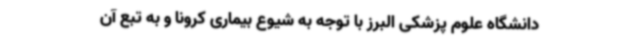
دانشگاه علوم پزشکی البرز با توجه به شیوع بیماری کرونا و به تبع آن